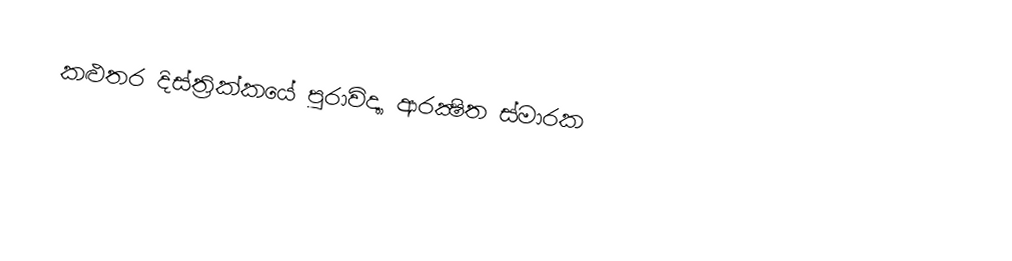
කළුතර දිස්ත්‍රික්කයේ පුරාවිද්‍යා ආරක්‍ෂිත ස්මාරක